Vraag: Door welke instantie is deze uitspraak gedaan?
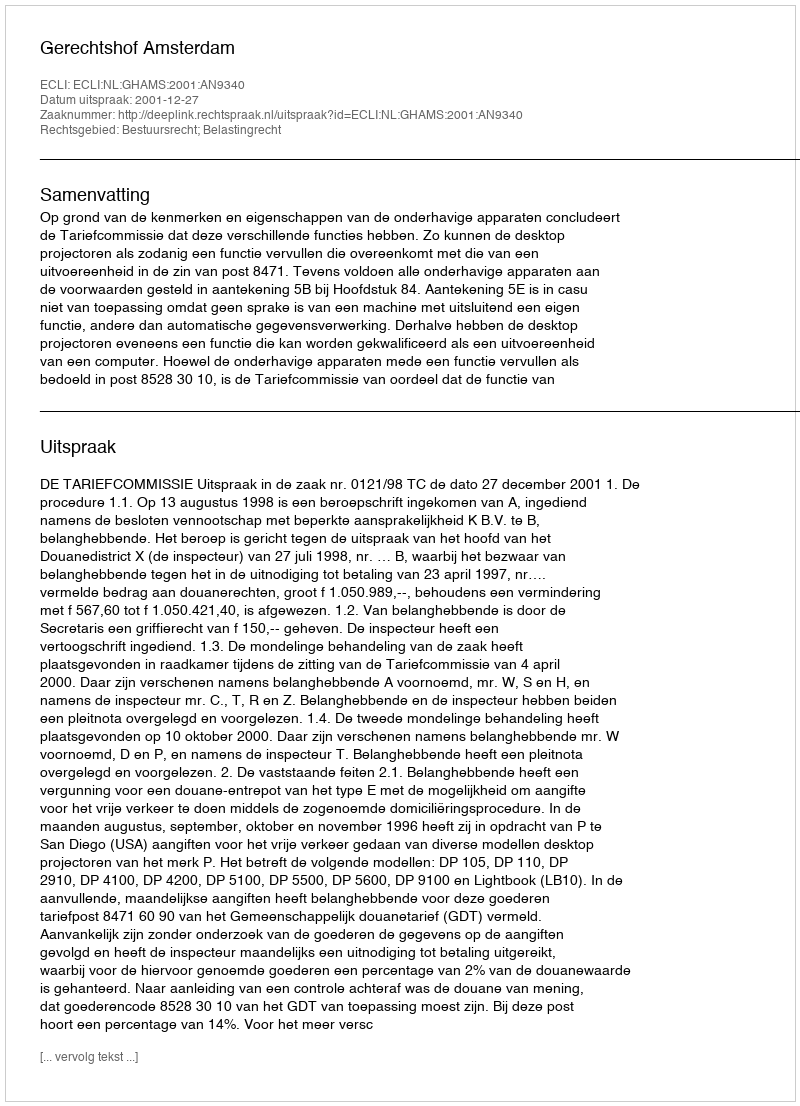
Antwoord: Gerechtshof Amsterdam